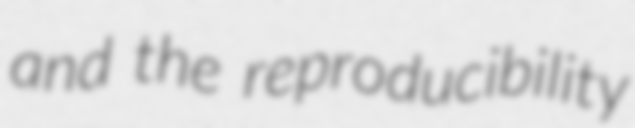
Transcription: and the reproducibility